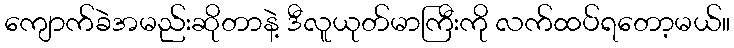
ကျောက်ခဲအမည်းဆိုတာနဲ့ ဒီလူယုတ်မာကြီးကို လက်ထပ်ရတော့မယ်။